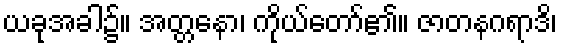
ယခုအခါ၌။ အတ္တနော၊ ကိုယ်တော်၏။ ဇာတနဂရာဒိ၊